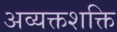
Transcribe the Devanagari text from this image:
अव्यक्तशक्ति